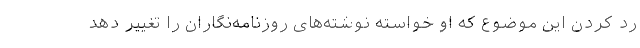
رد کردن این موضوع که او خواسته نوشته‌های روزنامه‌نگاران را تغییر دهد